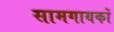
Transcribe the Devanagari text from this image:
सामगायकों